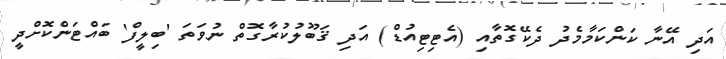
އަދި އޭނާ ކަންކަމާމެދު ދެކޭގޮތާއި (އެޓިޓިއުޑް) އަދި ޤަބޫލުކުރާގޮތް ނުވަތަ 'ބިލީފް' ބައްޓަންކޮށްދީ